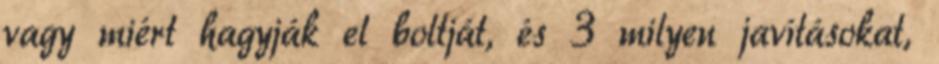
vagy miért hagyják el boltját, és 3 milyen javításokat,